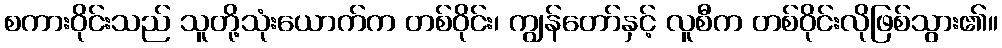
စကားဝိုင်းသည် သူတို့သုံးယောက်က တစ်ဝိုင်း၊ ကျွန်တော်နှင့် လူစီက တစ်ဝိုင်းလိုဖြစ်သွား၏။